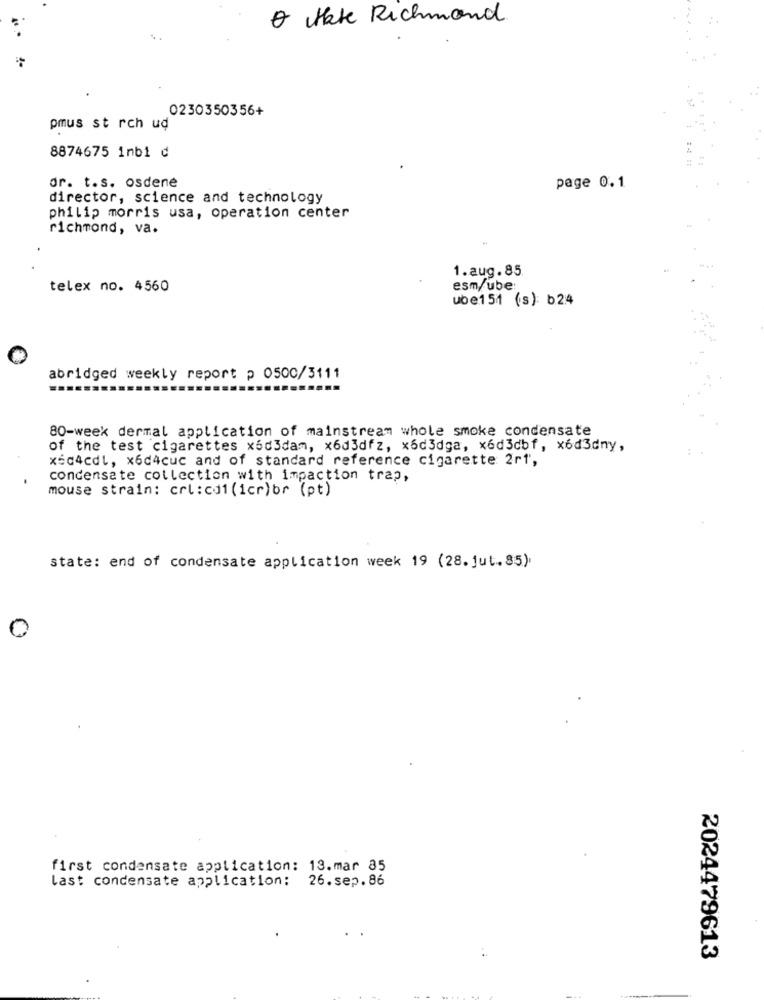
& Hate Richmond.
0230350356+
pmus st rch ud
8874675 inbi d
or. t.s. osdene
page 0.1
director, science and technology
philip morris usa, operation center
richmond, va.
1.aug.85
telex no. 4560
esm/ube:
ube151 (s): b24
abridged weekly report p 0500/3111
80-week dermal application of mainstream whole smoke condensate
of the test cigarettes x603dam, x6d3dfz, x6d3dga, x6d3cbf, x6d3dny,
x5c4cdl, x6d4cuc and of standard reference cigarette 2rf,
condensate collection with impaction trap,
mouse strain: crl :cd1(1cr)br (pt)
state: end of condensate application week 19 (28. jut.85).
first condensate application: 13.mar 85
last condensate application: 26.sep.86
2024479613